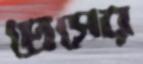
প্রেসের